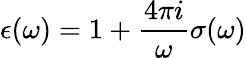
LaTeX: \epsilon(\omega)=1+\frac{4\pi i}{\omega}\sigma(\omega)